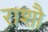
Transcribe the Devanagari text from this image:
राशौ